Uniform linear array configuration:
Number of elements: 8
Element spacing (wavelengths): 0.25
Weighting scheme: kaiser
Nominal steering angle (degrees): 0
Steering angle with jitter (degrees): -0.03596
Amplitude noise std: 0.05
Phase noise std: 0.05

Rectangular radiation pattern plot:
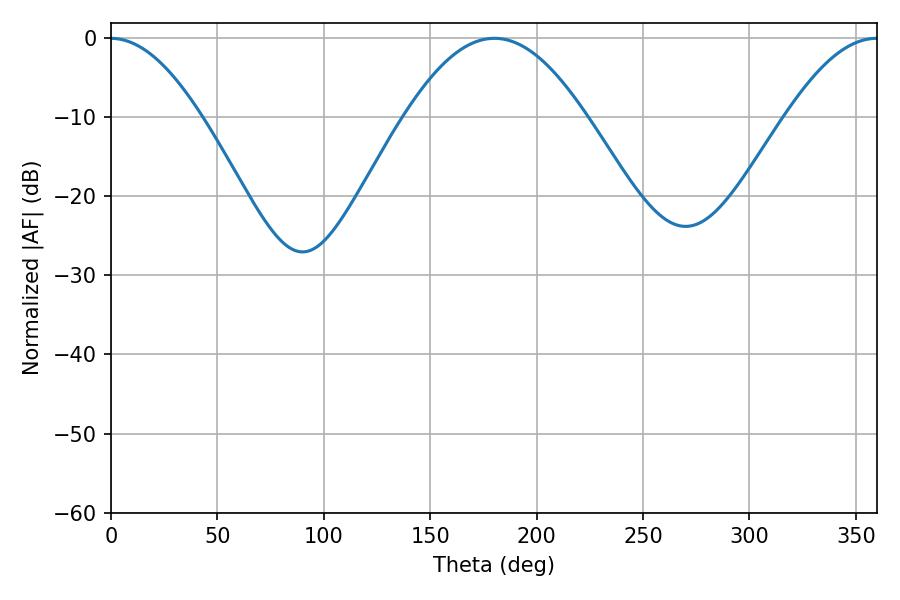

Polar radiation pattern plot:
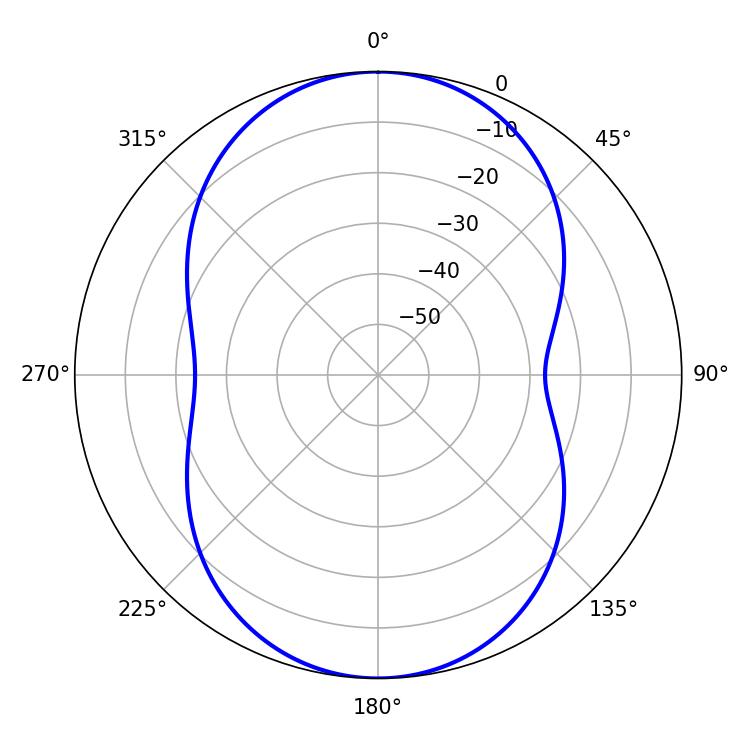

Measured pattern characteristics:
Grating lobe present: FALSE
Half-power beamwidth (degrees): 46.26
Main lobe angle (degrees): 180.18